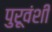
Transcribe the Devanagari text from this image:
पुरूवंशी